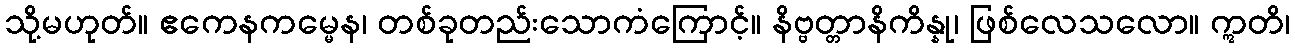
သို့မဟုတ်။ ဧကေနကမ္မေန၊ တစ်ခုတည်းသောကံကြောင့်။ နိဗ္ဗတ္တာနိကိန္နု၊ ဖြစ်လေသလော။ ဣတိ၊